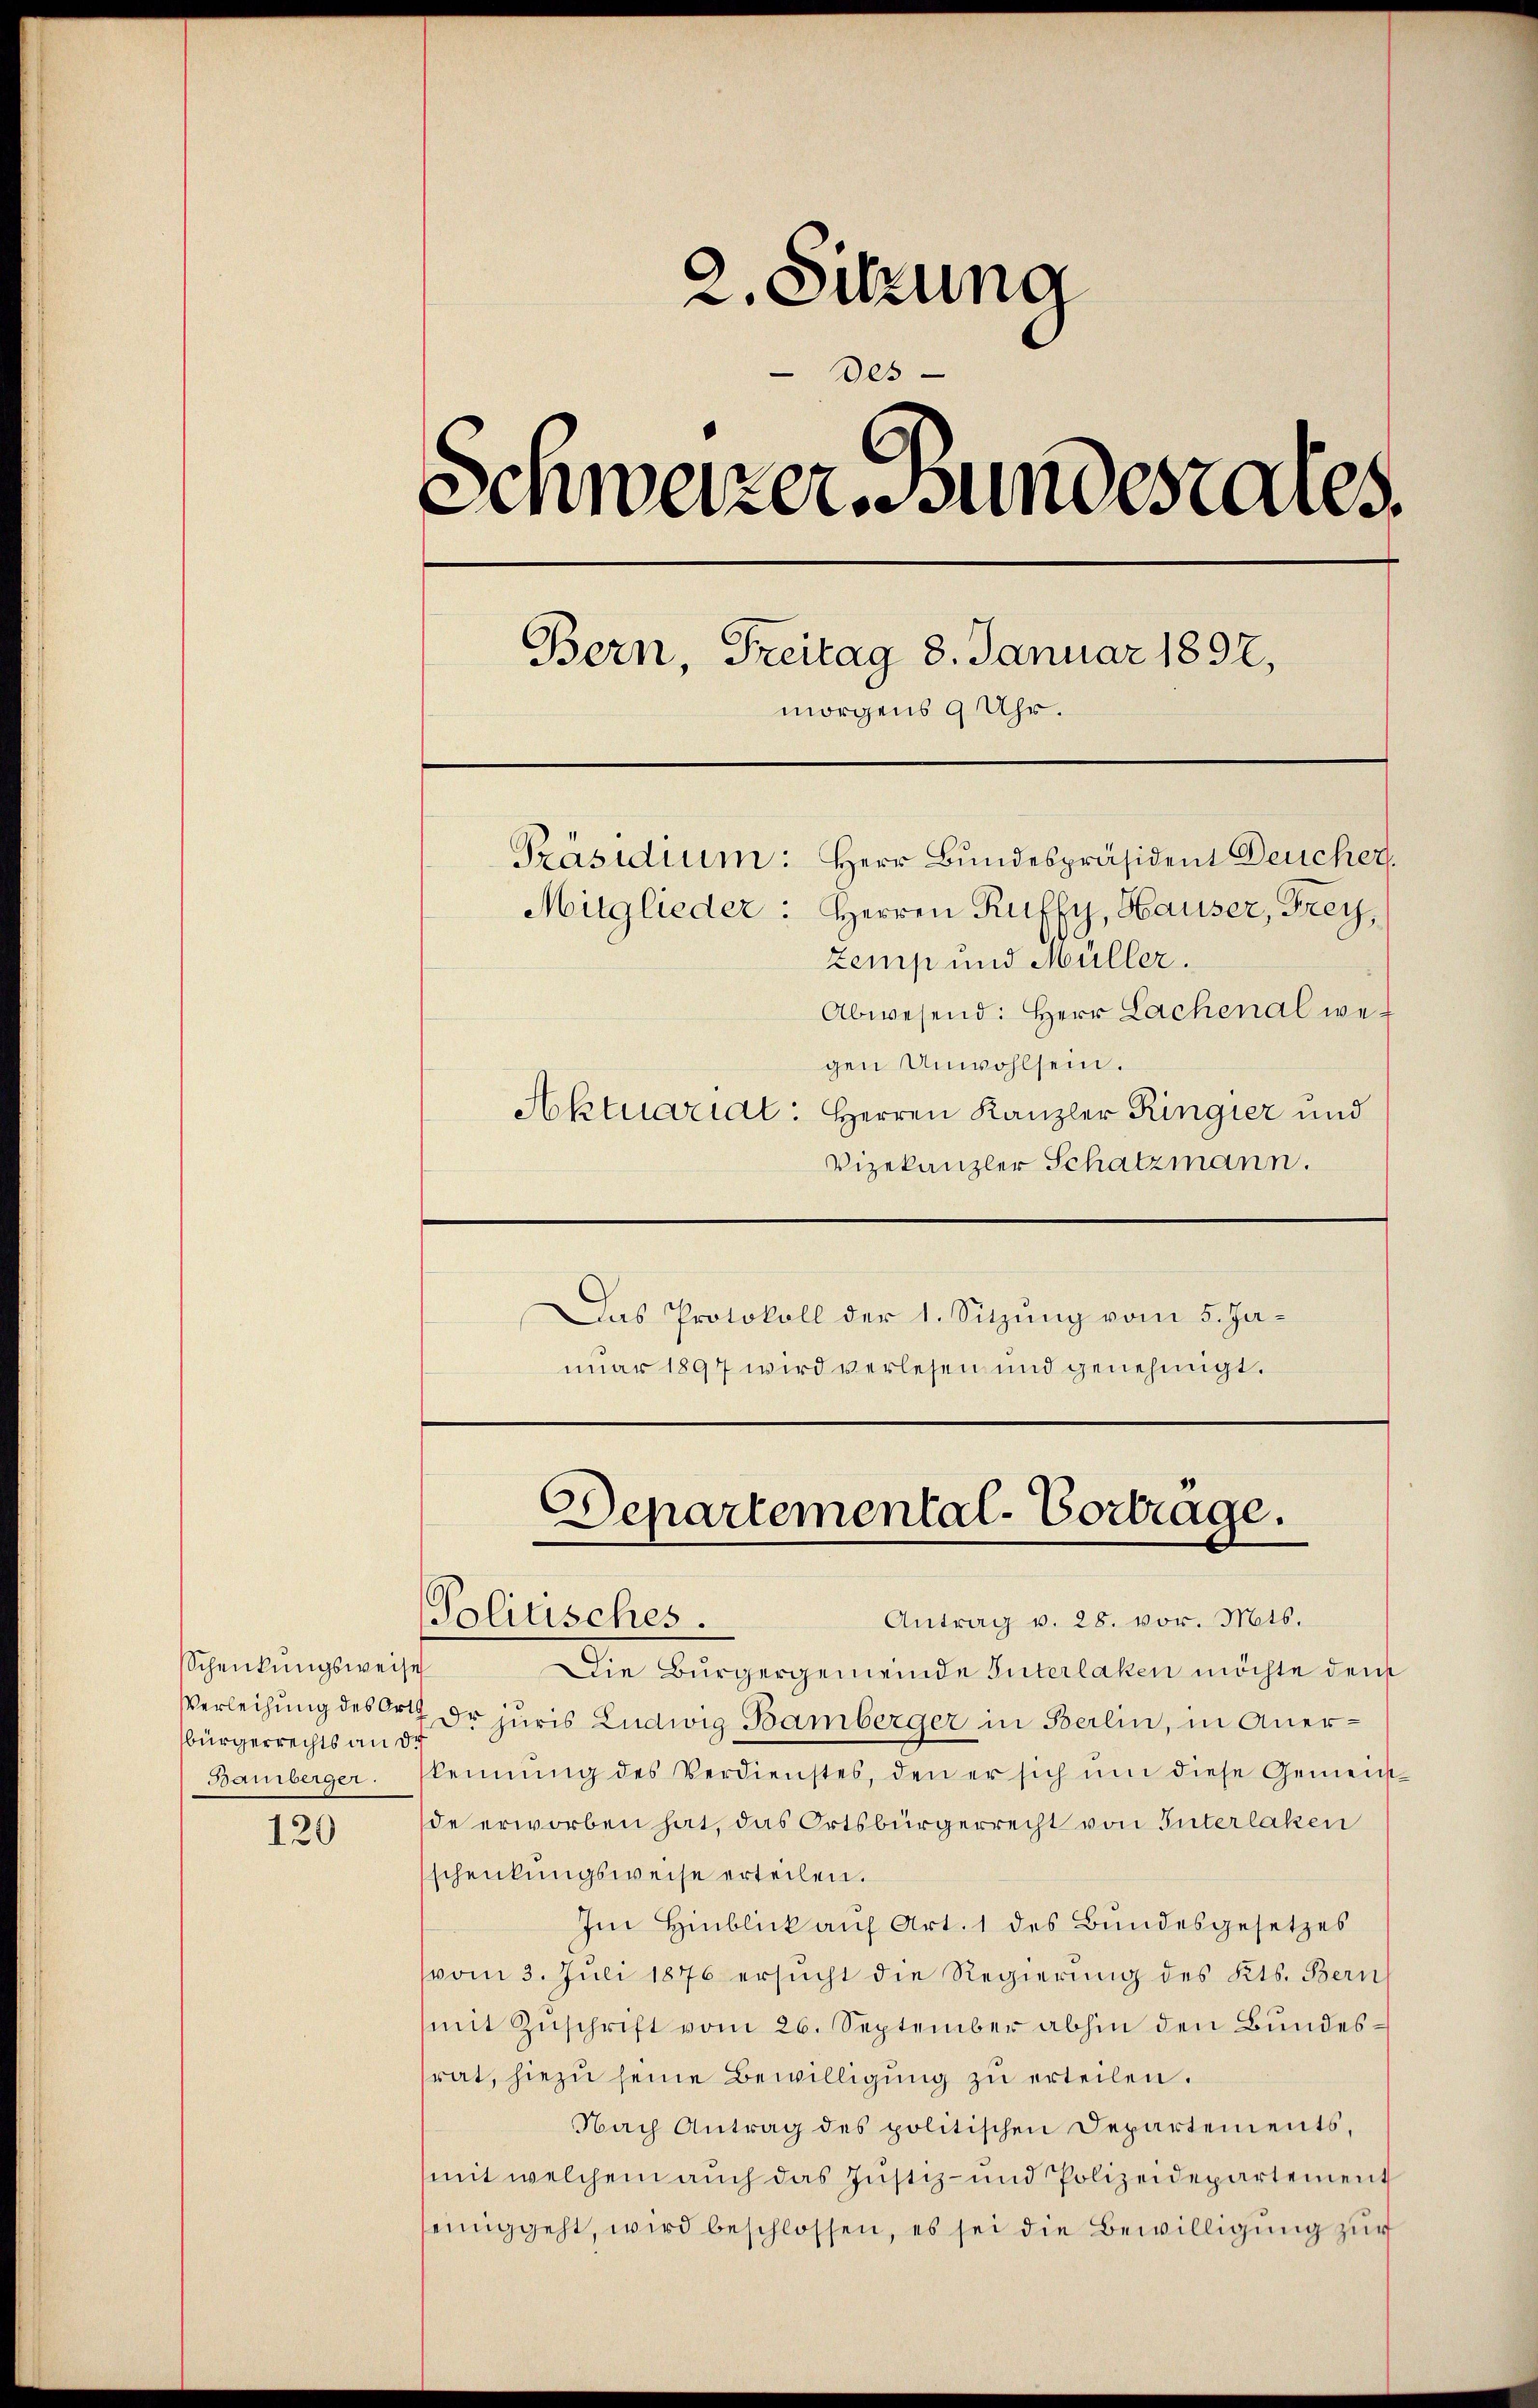
Schenkungsweise
bürgerrechts an di
Bamberger.

2. Sitzung
des
Schweizer- undesrates.
Bern, Freitag 8. Januar 1897,
morgens 9 Uhr.
Präsidium: Herr Bundespräsident Deucher.
Mitglieder: Herren Ruffy, Hauser, Frey,
Zemp und Müller.
Abwesend: Herr Lachenal wegen Unwohlsein.
Aktuariat: Herren Kanzler Ringier und

120

Vizekanzler Schatzmann.
Das Protokoll der 1. Sitzung vom 5. Januar 1897 wird verlesen und genehmigt.

Departemental-Vortrage.
Politisches
Antrag v. 28. vor. Mts.

Die Bürgergemeinde Interlaken möchte dem
Verleihung des Orth Dr juris Ludwig Bamberger in Berlin, in Anerkennung des Verdienstes, den er sich um diese Gemeinde erworben hat, das Ortsbürgerrecht von Interlaken
schenkungsweise erteilen.
Im Hinblick auf Art. 1 des Bundesgesetzes
vom 3. Juli 1876 ersŭcht die Regierung des Kts. Bern
mit Zuschrift vom 26. September abhin den Bundesrat, hiezu seine Bewilligung zu erteilen.
Nach Antrag des politischen Departements,
mit welchem auch das Justiz- und Polizeidepartement
seinig geht, wird beschlossen, es sei die Bewilligung zur